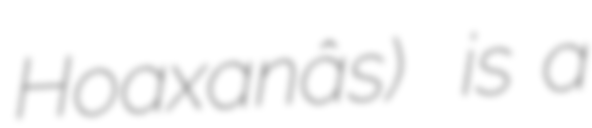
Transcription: ǃHoaxaǃnâs)  is a